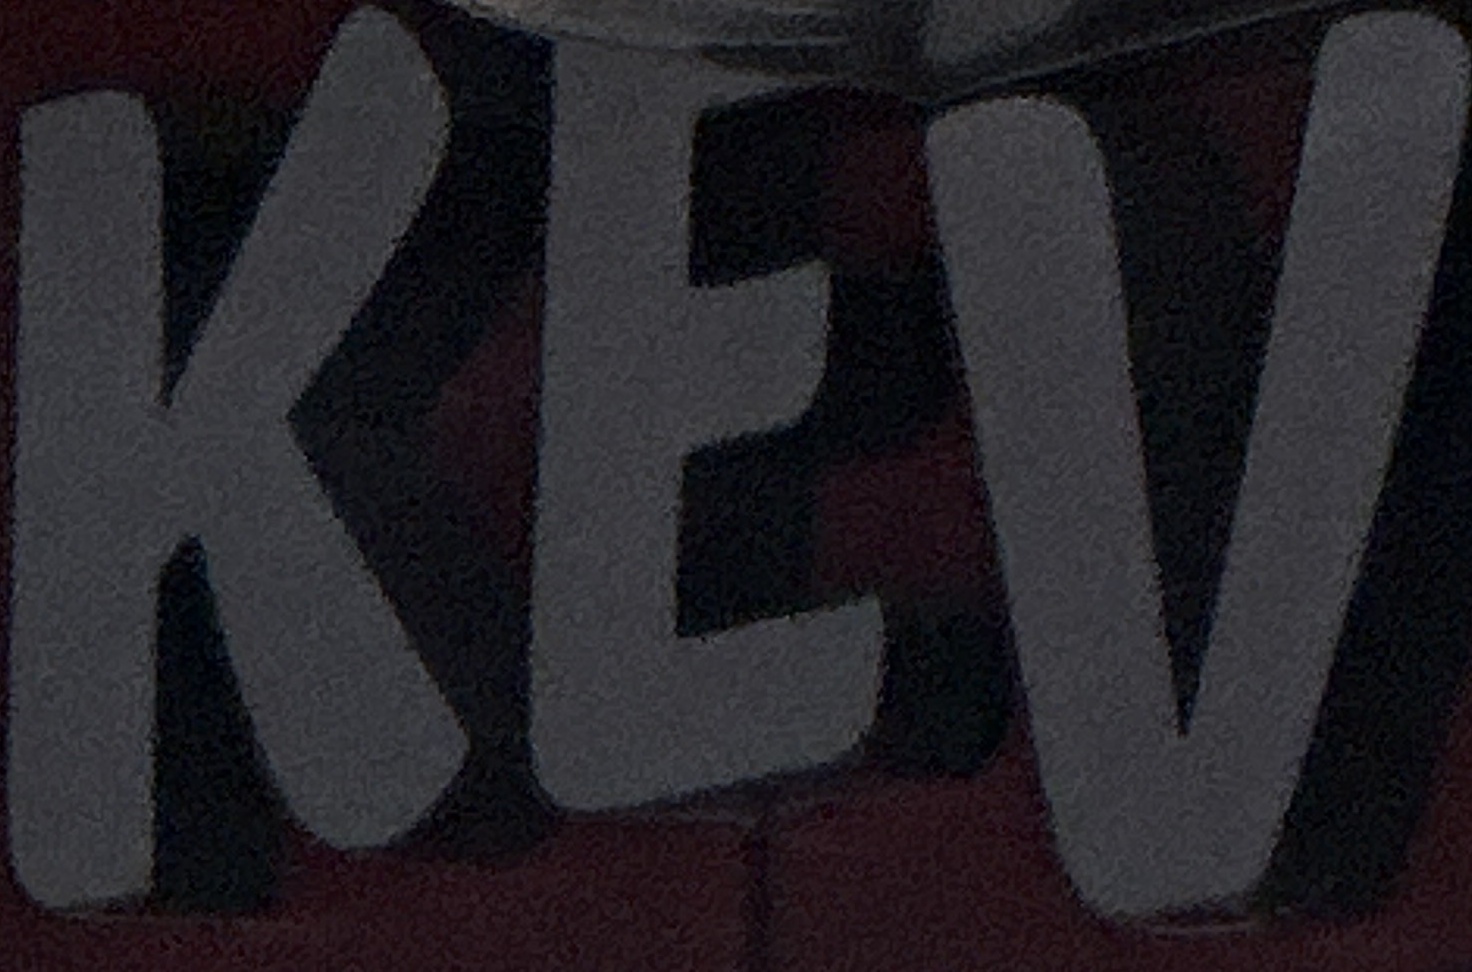
KEV